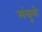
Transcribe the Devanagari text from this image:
मंसूबो